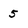
Character: 5